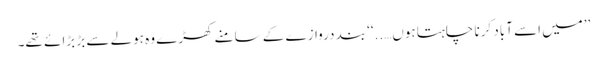
’’میں اسے آباد کرنا چاہتا ہوں…..‘‘ بند دروازے کے سامنے کھڑے وہ ہولے سے بڑ بڑائے تھے۔